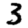
Digit: 3